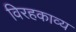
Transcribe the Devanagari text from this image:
विरहकाव्य